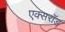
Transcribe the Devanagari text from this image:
एक्सरॉड